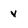
Character: v